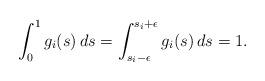
LaTeX: \begin{align*} \int_0^1 g_i(s)\, ds=\int_{s_i-\epsilon}^{s_i+\epsilon} g_i(s)\, ds=1.\end{align*}